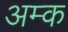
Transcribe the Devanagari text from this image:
अम्क